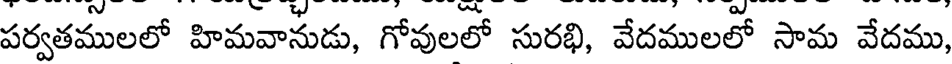
పర్వతములలో హిమవానుడు, గోవులలో సురభి, వేదములలో సామ వేదము,